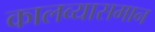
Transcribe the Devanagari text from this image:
कालव्यासमान